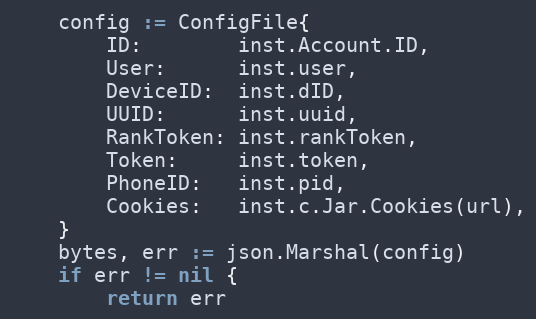
Language: Go
	config := ConfigFile{
		ID:        inst.Account.ID,
		User:      inst.user,
		DeviceID:  inst.dID,
		UUID:      inst.uuid,
		RankToken: inst.rankToken,
		Token:     inst.token,
		PhoneID:   inst.pid,
		Cookies:   inst.c.Jar.Cookies(url),
	}
	bytes, err := json.Marshal(config)
	if err != nil {
		return err